Vital statistics of India. Vol. V, Reports of 1876 on armies & jails and on epidemic cholera
Year: 1876
Disease focus: Cholera
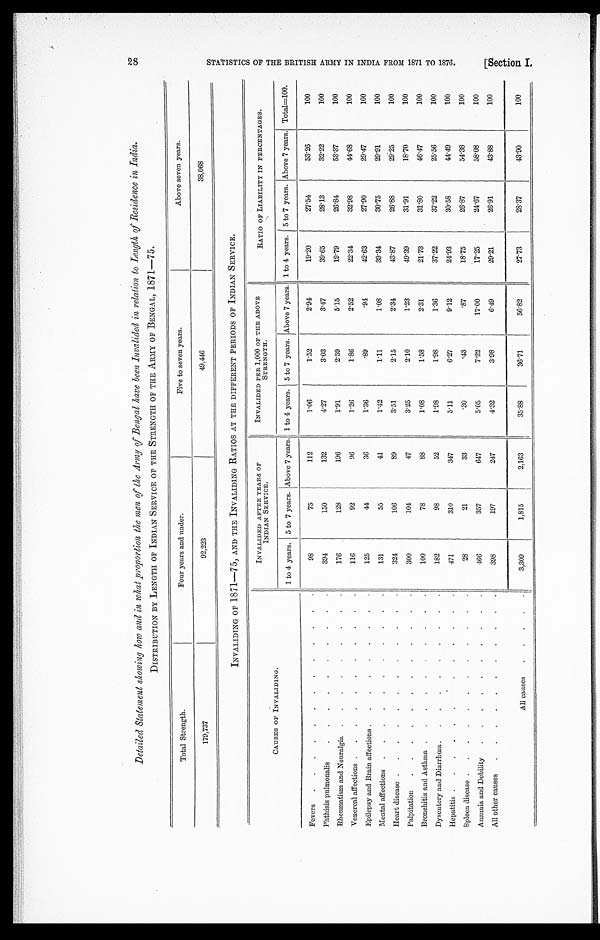
Detailed Statement showing how and in what proportion the men of the Army of Bengal have been Invalided in relation to Length of Residence in India.
DISTRIBUTION BY LENGTH OF INDIAN SERVICE OF THE STRENGTH OF THE ARMY OF BENGAL, 1871—75.
Total Strength.
Four years and under.
Five to seven years.
Above seven years.
49,446
38,068
92,223
179,737
INVALIDING OF 1871—75, AND THE INVALIDING RATIOS AT THE DIFFERENT PERIODS OF INDIAN SERVICE.
CAUSES OF INVALIDING.
INVALIDED AFTER YEARS OF
INDIAN SERVICE.
I N V A L I D E D P E R 1 , 0 0 0 O F T H E A B O V E
STRENGTH.
RATIO OF LIABILITY IN PERCENTAGES.
1 to 4 years.
5 to 7 years. Above 7 years. 1 to 4 years.
5 to 7 years. Above 7 years. 1 to 4 years.
5 to 7 years. Above 7 years. Total=100.
112
1.06
1.52
2.94
19.20
27.54
53.26
100
Fevers . . .
98
75
Phthisis pulmonalis . . .
394
150
132
4.27
3.03
3.47
39.65
28.13
32.22
100
Rheumatism and Neuralgia . . .
176
128
196
1.91
2.59
5.15
19.79
26.84
53.37
100
Venereal affections . . .
116
92
96
1.26
1.86
2.52
22.34
32.98
44.68
100
Epilepsy and Brain affections . . .
125
44
36
1.36
.89
.94
42.63
27.90
29.47
100
Mental affections . . .
131
55
41
1.42
1.11
1.08
39.34
30.75
29.91
100
26.88
29.25
100
Heart disease . . .
324
1 0 6
8 9
3.51
2.15
2.34
43.87
Palpitation
.
.
.
300
104
47
3.25
2.10
1.23
49.39
31.91
18.70
100
Bronchitis and Asthma . . .
100
78
88
1.08
1.58
2.31
21.73
31.80
46.47
100
37.22
25.56
100
37.22
Dysentery and Diarrhœa . . .
182
98
52
1.98
1.98
1.36
Hepatitis
.
.
.
471
310
347
5.11
6.27
9.12
24.93
30.58
44.49
100
Spleen disease . . .
28
21
33
.30
.43
.87
18.75
26.87
54.38
100
17.00
17.25
24.67
58.08
100
7.22
Anæmia and Debility . . .
466
357
647
5.05
All other causes . . .
398
197
247
4.32
3.98
6.49
29.21
26.91
43.88
100
All causes . . .
3,309
1,815
2,163
35.88
36.71
56.82
27.73
28.37
43.90
100
S T A T I S T I C S O F T H E B R I T I S H A R M Y I N I N D I A F R O M 1 8 7 1 T O 1 8 7 6 . S e c t i o n I .